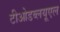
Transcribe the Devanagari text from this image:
टीओडब्लयूएल